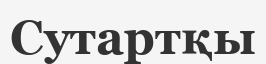
Сутартқы